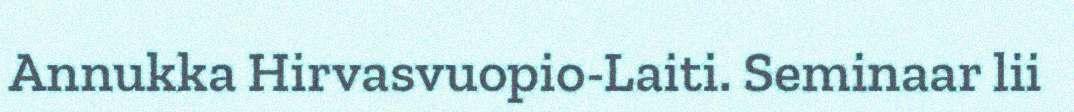
Annukka Hirvasvuopio-Laiti. Seminaar lii